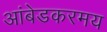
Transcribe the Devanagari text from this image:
आंबेडकरमय